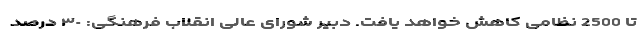
تا 2500 نظامی کاهش خواهد یافت. دبیر شورای عالی انقلاب فرهنگی: ٣٠ درصد